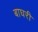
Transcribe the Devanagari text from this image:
बाघरी